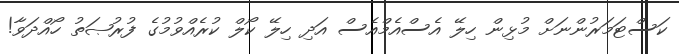
ކަސްޓަމަރުންނަށް މުޅިން ހިލޭ އެސްއެމްއެސް އަދި ހިލޭ ކޯލް ކުރެއްވުމުގެ ފުރުޞަތު ހޯއްދަވާ!